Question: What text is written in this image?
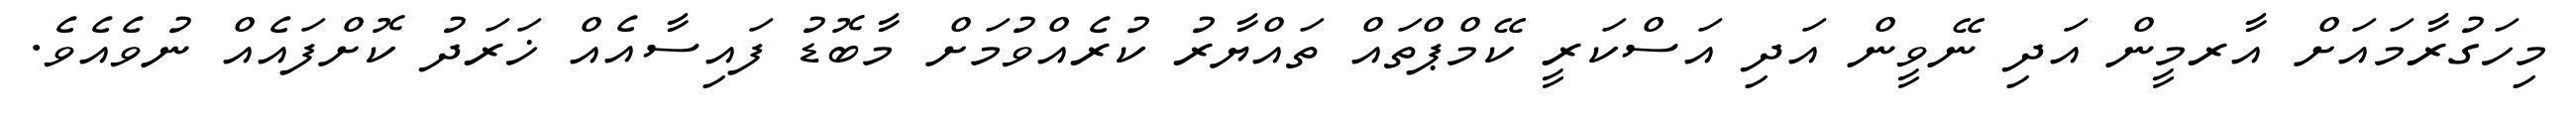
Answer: މިހަގުރާމައަށް އާރމީން އަދި ނޭވީން އަދި އަސްކަރީ ކޭމްޕްތައް ތައްޔާރު ކުރެއްވުމަށް މާބޮޑު ފައިސާއެއް ޚަރަދު ކޮށްފައެއް ނުވެއެވެ.